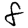
Digit: 8